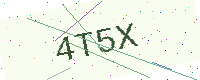
Text: 4T5X